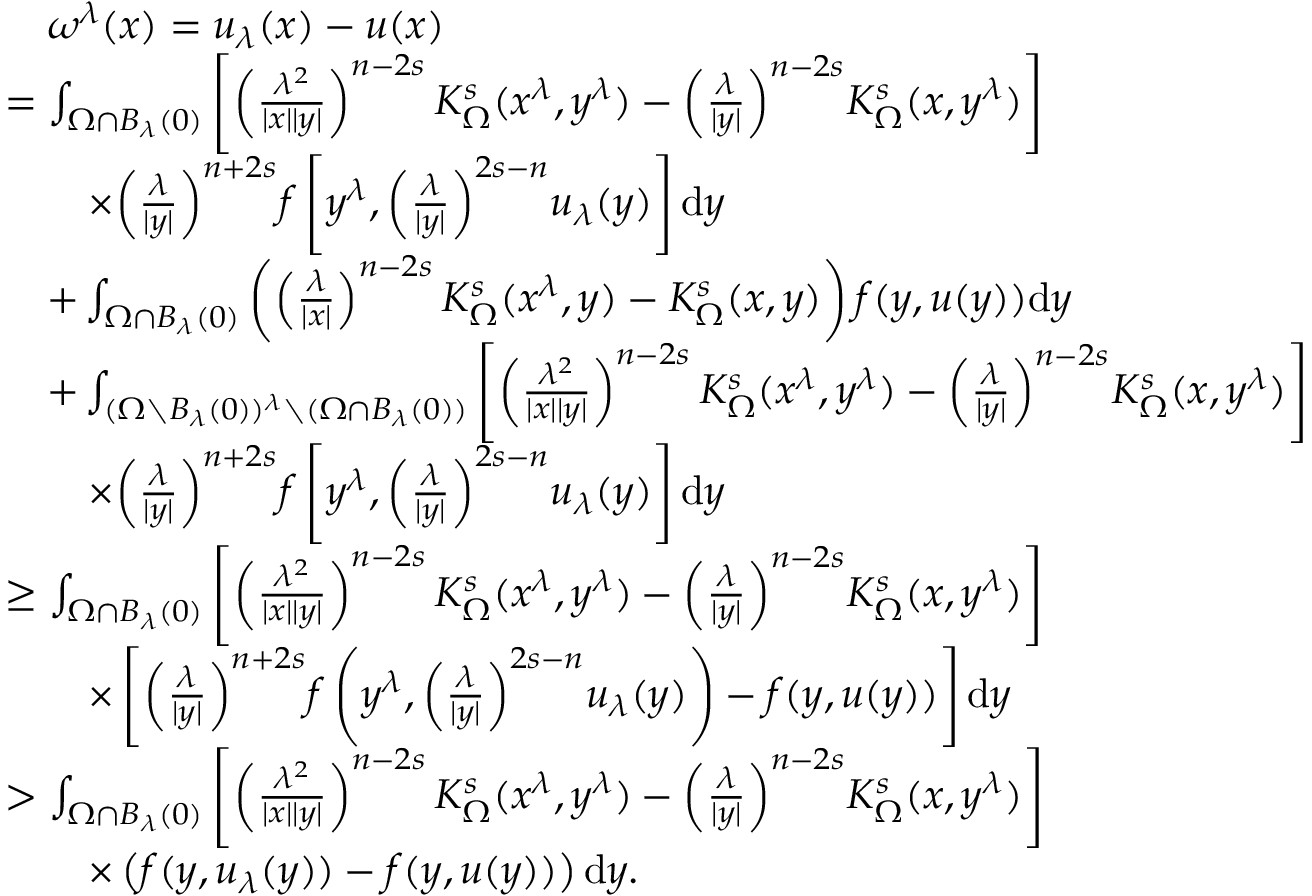
\begin{array} { r l } & { \quad \omega ^ { \lambda } ( x ) = u _ { \lambda } ( x ) - u ( x ) } \\ & { = \int _ { \Omega \cap B _ { \lambda } ( 0 ) } \left[ \left( \frac { \lambda ^ { 2 } } { | x | | y | } \right) ^ { n - 2 s } K _ { \Omega } ^ { s } ( x ^ { \lambda } , y ^ { \lambda } ) - { \left( \frac { \lambda } { | y | } \right) } ^ { n - 2 s } K _ { \Omega } ^ { s } ( x , y ^ { \lambda } ) \right] } \\ & { \qquad \times { \left( \frac { \lambda } { | y | } \right) } ^ { n + 2 s } f \left[ y ^ { \lambda } , { \left( \frac { \lambda } { | y | } \right) } ^ { 2 s - n } u _ { \lambda } ( y ) \right] \mathrm d y } \\ & { \quad + \int _ { \Omega \cap B _ { \lambda } ( 0 ) } \left( \left( \frac { \lambda } { | x | } \right) ^ { n - 2 s } K _ { \Omega } ^ { s } ( x ^ { \lambda } , y ) - K _ { \Omega } ^ { s } ( x , y ) \right) f ( y , u ( y ) ) \mathrm d y } \\ & { \quad + \int _ { ( \Omega \setminus B _ { \lambda } ( 0 ) ) ^ { \lambda } \setminus ( \Omega \cap B _ { \lambda } ( 0 ) ) } \left[ \left( \frac { \lambda ^ { 2 } } { | x | | y | } \right) ^ { n - 2 s } K _ { \Omega } ^ { s } ( x ^ { \lambda } , y ^ { \lambda } ) - { \left( \frac { \lambda } { | y | } \right) } ^ { n - 2 s } K _ { \Omega } ^ { s } ( x , y ^ { \lambda } ) \right] } \\ & { \qquad \times { \left( \frac { \lambda } { | y | } \right) } ^ { n + 2 s } f \left[ y ^ { \lambda } , { \left( \frac { \lambda } { | y | } \right) } ^ { 2 s - n } u _ { \lambda } ( y ) \right] \mathrm d y } \\ & { \geq \int _ { \Omega \cap B _ { \lambda } ( 0 ) } \left[ \left( \frac { \lambda ^ { 2 } } { | x | | y | } \right) ^ { n - 2 s } K _ { \Omega } ^ { s } ( x ^ { \lambda } , y ^ { \lambda } ) - { \left( \frac { \lambda } { | y | } \right) } ^ { n - 2 s } K _ { \Omega } ^ { s } ( x , y ^ { \lambda } ) \right] } \\ & { \qquad \times \left[ { \left( \frac { \lambda } { | y | } \right) } ^ { n + 2 s } f \left( y ^ { \lambda } , { \left( \frac { \lambda } { | y | } \right) } ^ { 2 s - n } u _ { \lambda } ( y ) \right) - f ( y , u ( y ) ) \right] \mathrm d y } \\ & { > \int _ { \Omega \cap B _ { \lambda } ( 0 ) } \left[ \left( \frac { \lambda ^ { 2 } } { | x | | y | } \right) ^ { n - 2 s } K _ { \Omega } ^ { s } ( x ^ { \lambda } , y ^ { \lambda } ) - { \left( \frac { \lambda } { | y | } \right) } ^ { n - 2 s } K _ { \Omega } ^ { s } ( x , y ^ { \lambda } ) \right] } \\ & { \qquad \times \left( f ( y , u _ { \lambda } ( y ) ) - f ( y , u ( y ) ) \right) \mathrm d y . } \end{array}